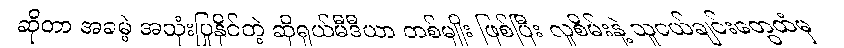
ဆိုတာ အခမဲ့ အသုံးပြုနိုင်တဲ့ ဆိုရှယ်မီဒီယာ တစ်မျိုး ဖြစ်ပြီး လူစိမ်းနဲ့ သူငယ်ချင်းတွေထံမှ